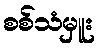
စစ်သံမှူး